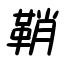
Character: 鞘